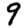
Digit: 9